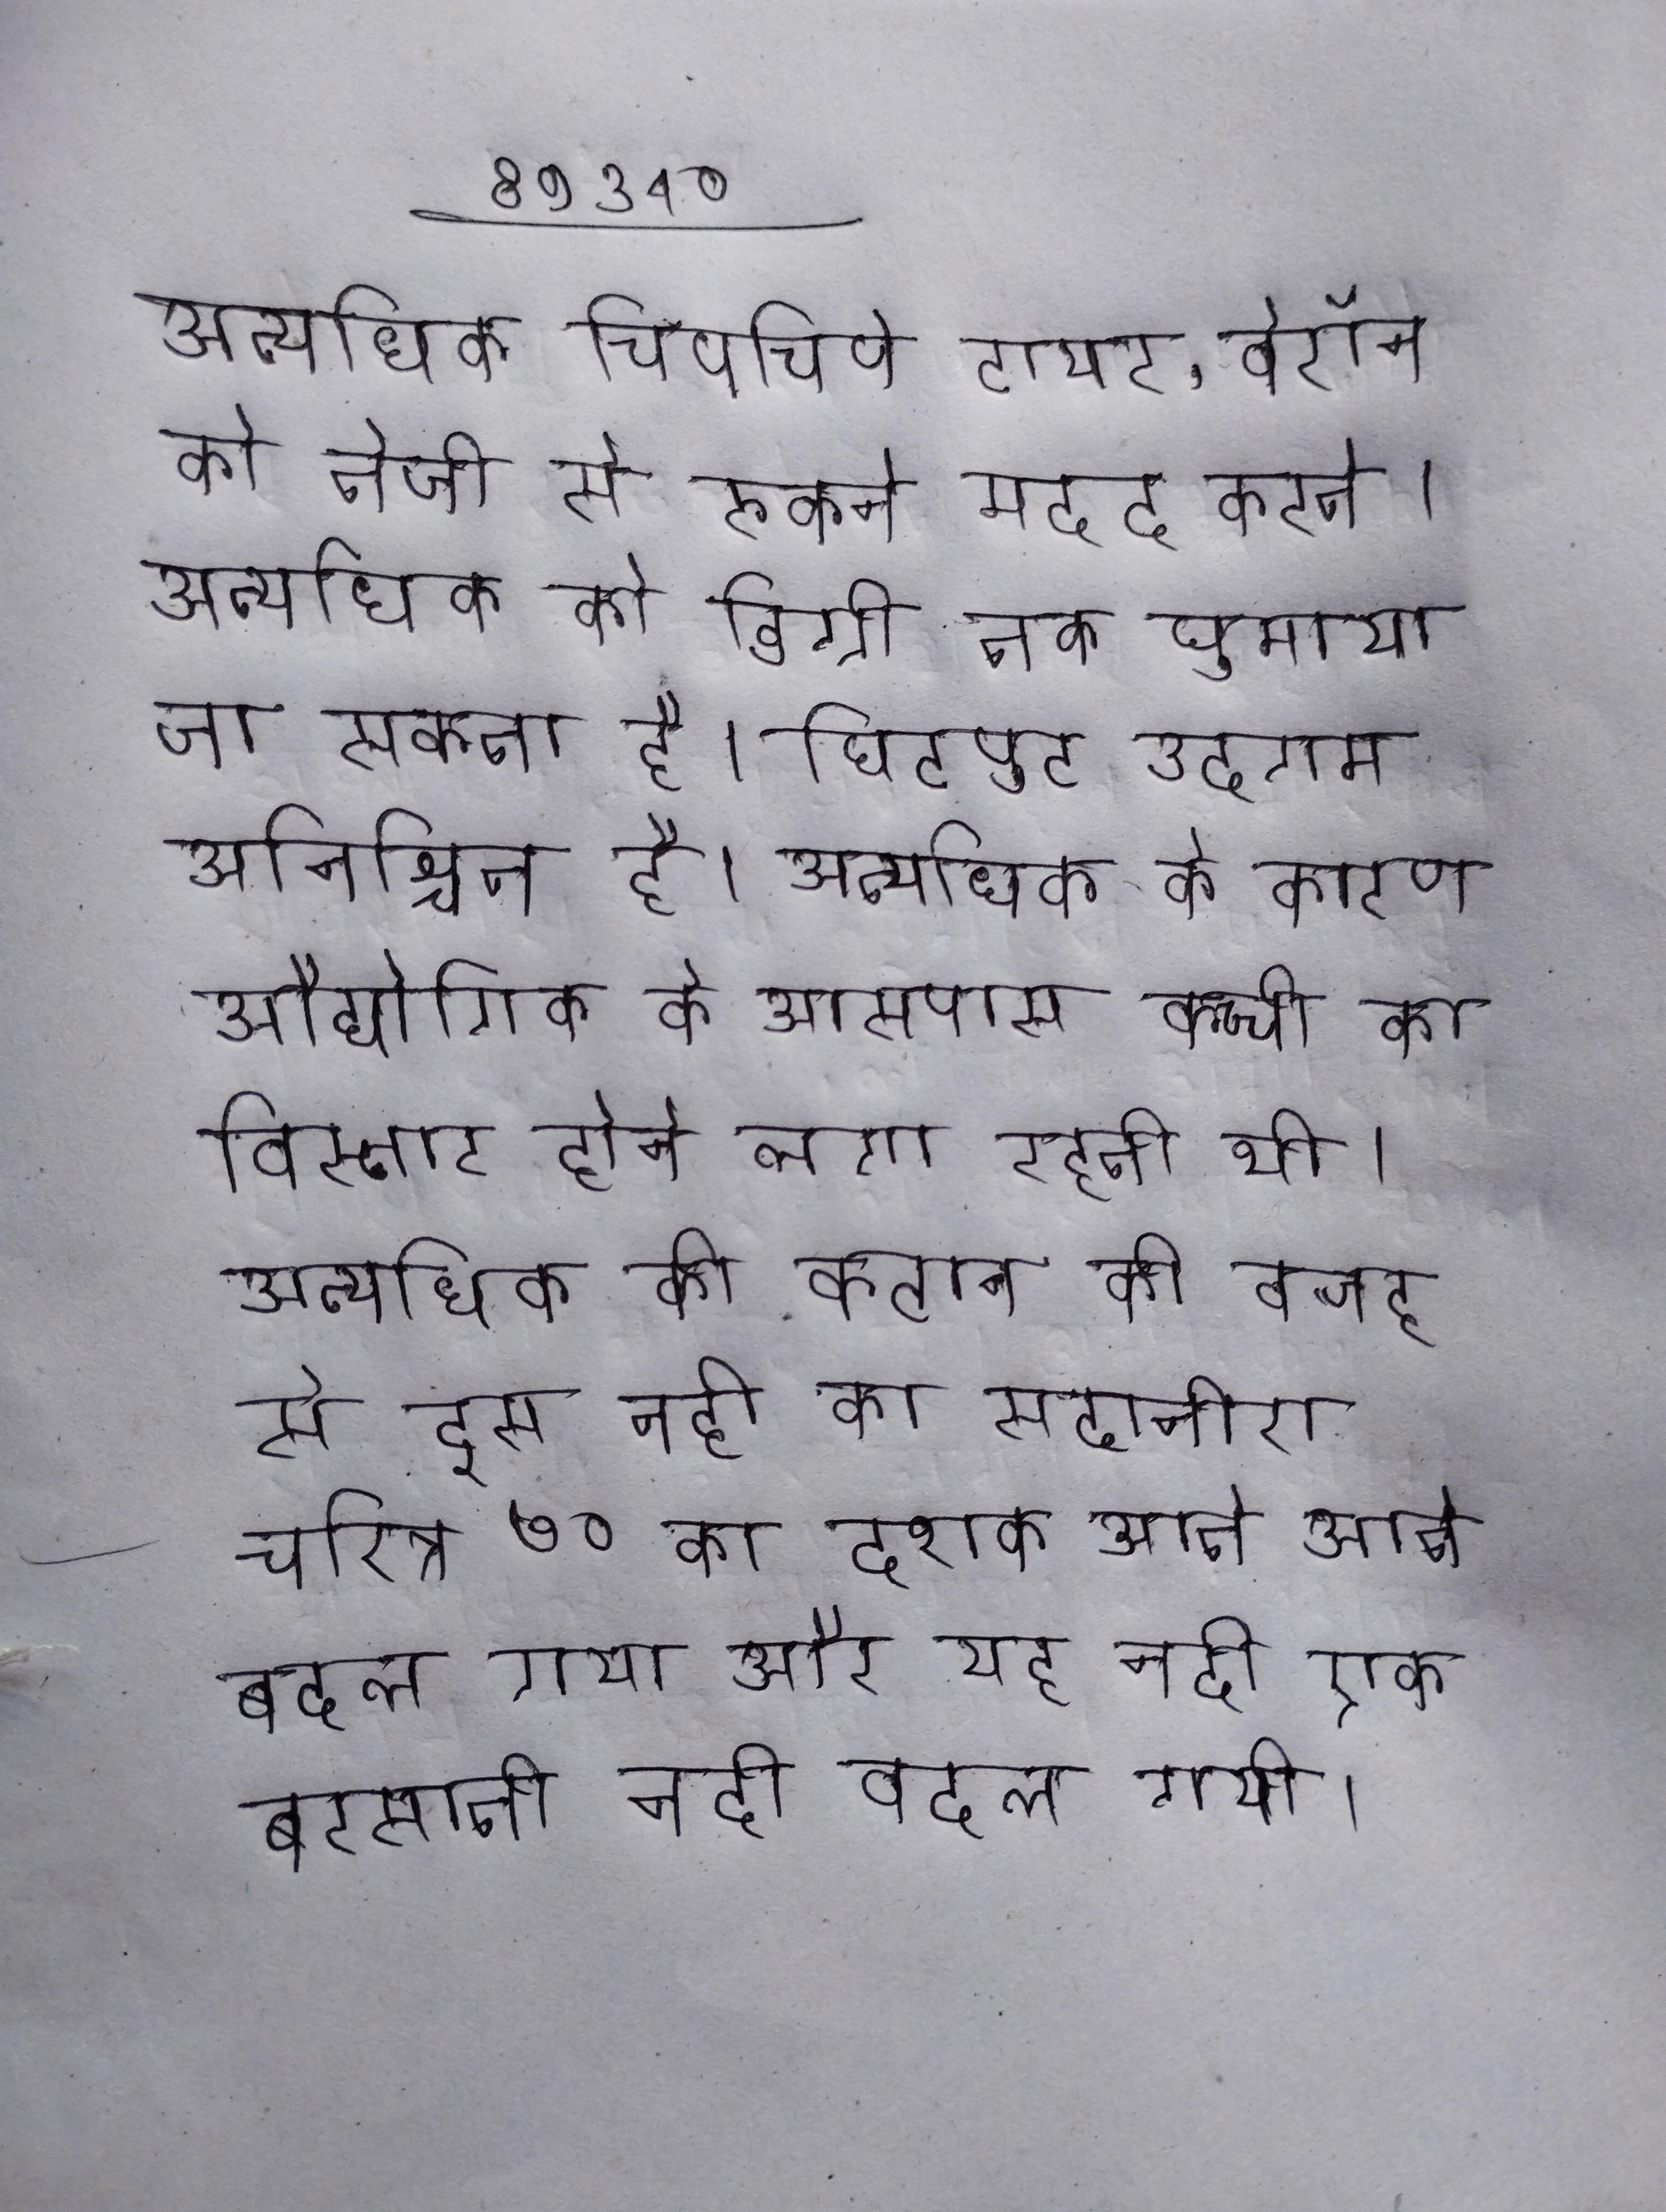
अत्यधिक चिपचिपे टायर, वेरॉन को तेजी से रुकने मदद करते । अत्यधिक को डिग्री तक घुमाया जा सकता है । छिटपुट उदगम अनिश्चित है । अत्यधिक के कारण औद्योगिक के आस-पास कच्ची का विस्तार होने लगा रहती थी । अत्यधिक की कटान की वजह से इस नदी का सदानीरा चरित्र ७० का दशक आते आते बदल गया और यह नदी एक बरसाती नदी बदल गयी ।